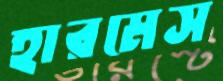
হারমেস